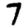
Digit: 7